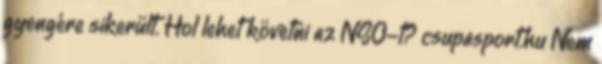
gyengére sikerült. Hol lehet követni az NSO-t? csupasport.hu Nem